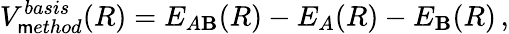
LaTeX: V_{\mathsf{m}ethod}^{basis}(R)=E_{A\mathbf{B}}(R)-E_{A}(R)-E_{\mathbf{B}}(R)\, ,